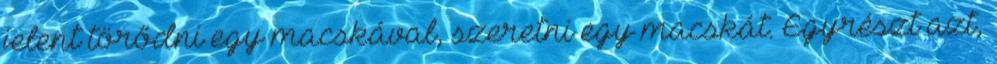
jelent törődni egy macskával, szeretni egy macskát. Egyrészt azt,